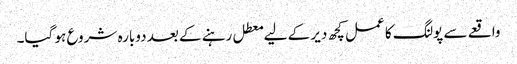
واقعے سے پولنگ کا عمل کچھ دیر کے لیے معطل رہنے کے بعد دوبارہ شروع ہو گیا۔